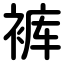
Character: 裤